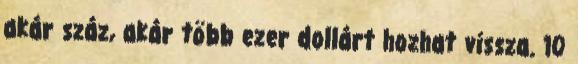
akár száz, akár több ezer dollárt hozhat vissza. 10